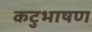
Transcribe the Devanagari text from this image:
कटुभाषण